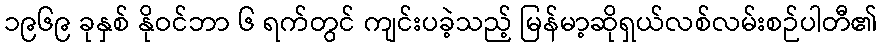
၁၉၆၉ ခုနှစ် နိုဝင်ဘာ ၆ ရက်တွင် ကျင်းပခဲ့သည့် မြန်မာ့ဆိုရှယ်လစ်လမ်းစဉ်ပါတီ၏